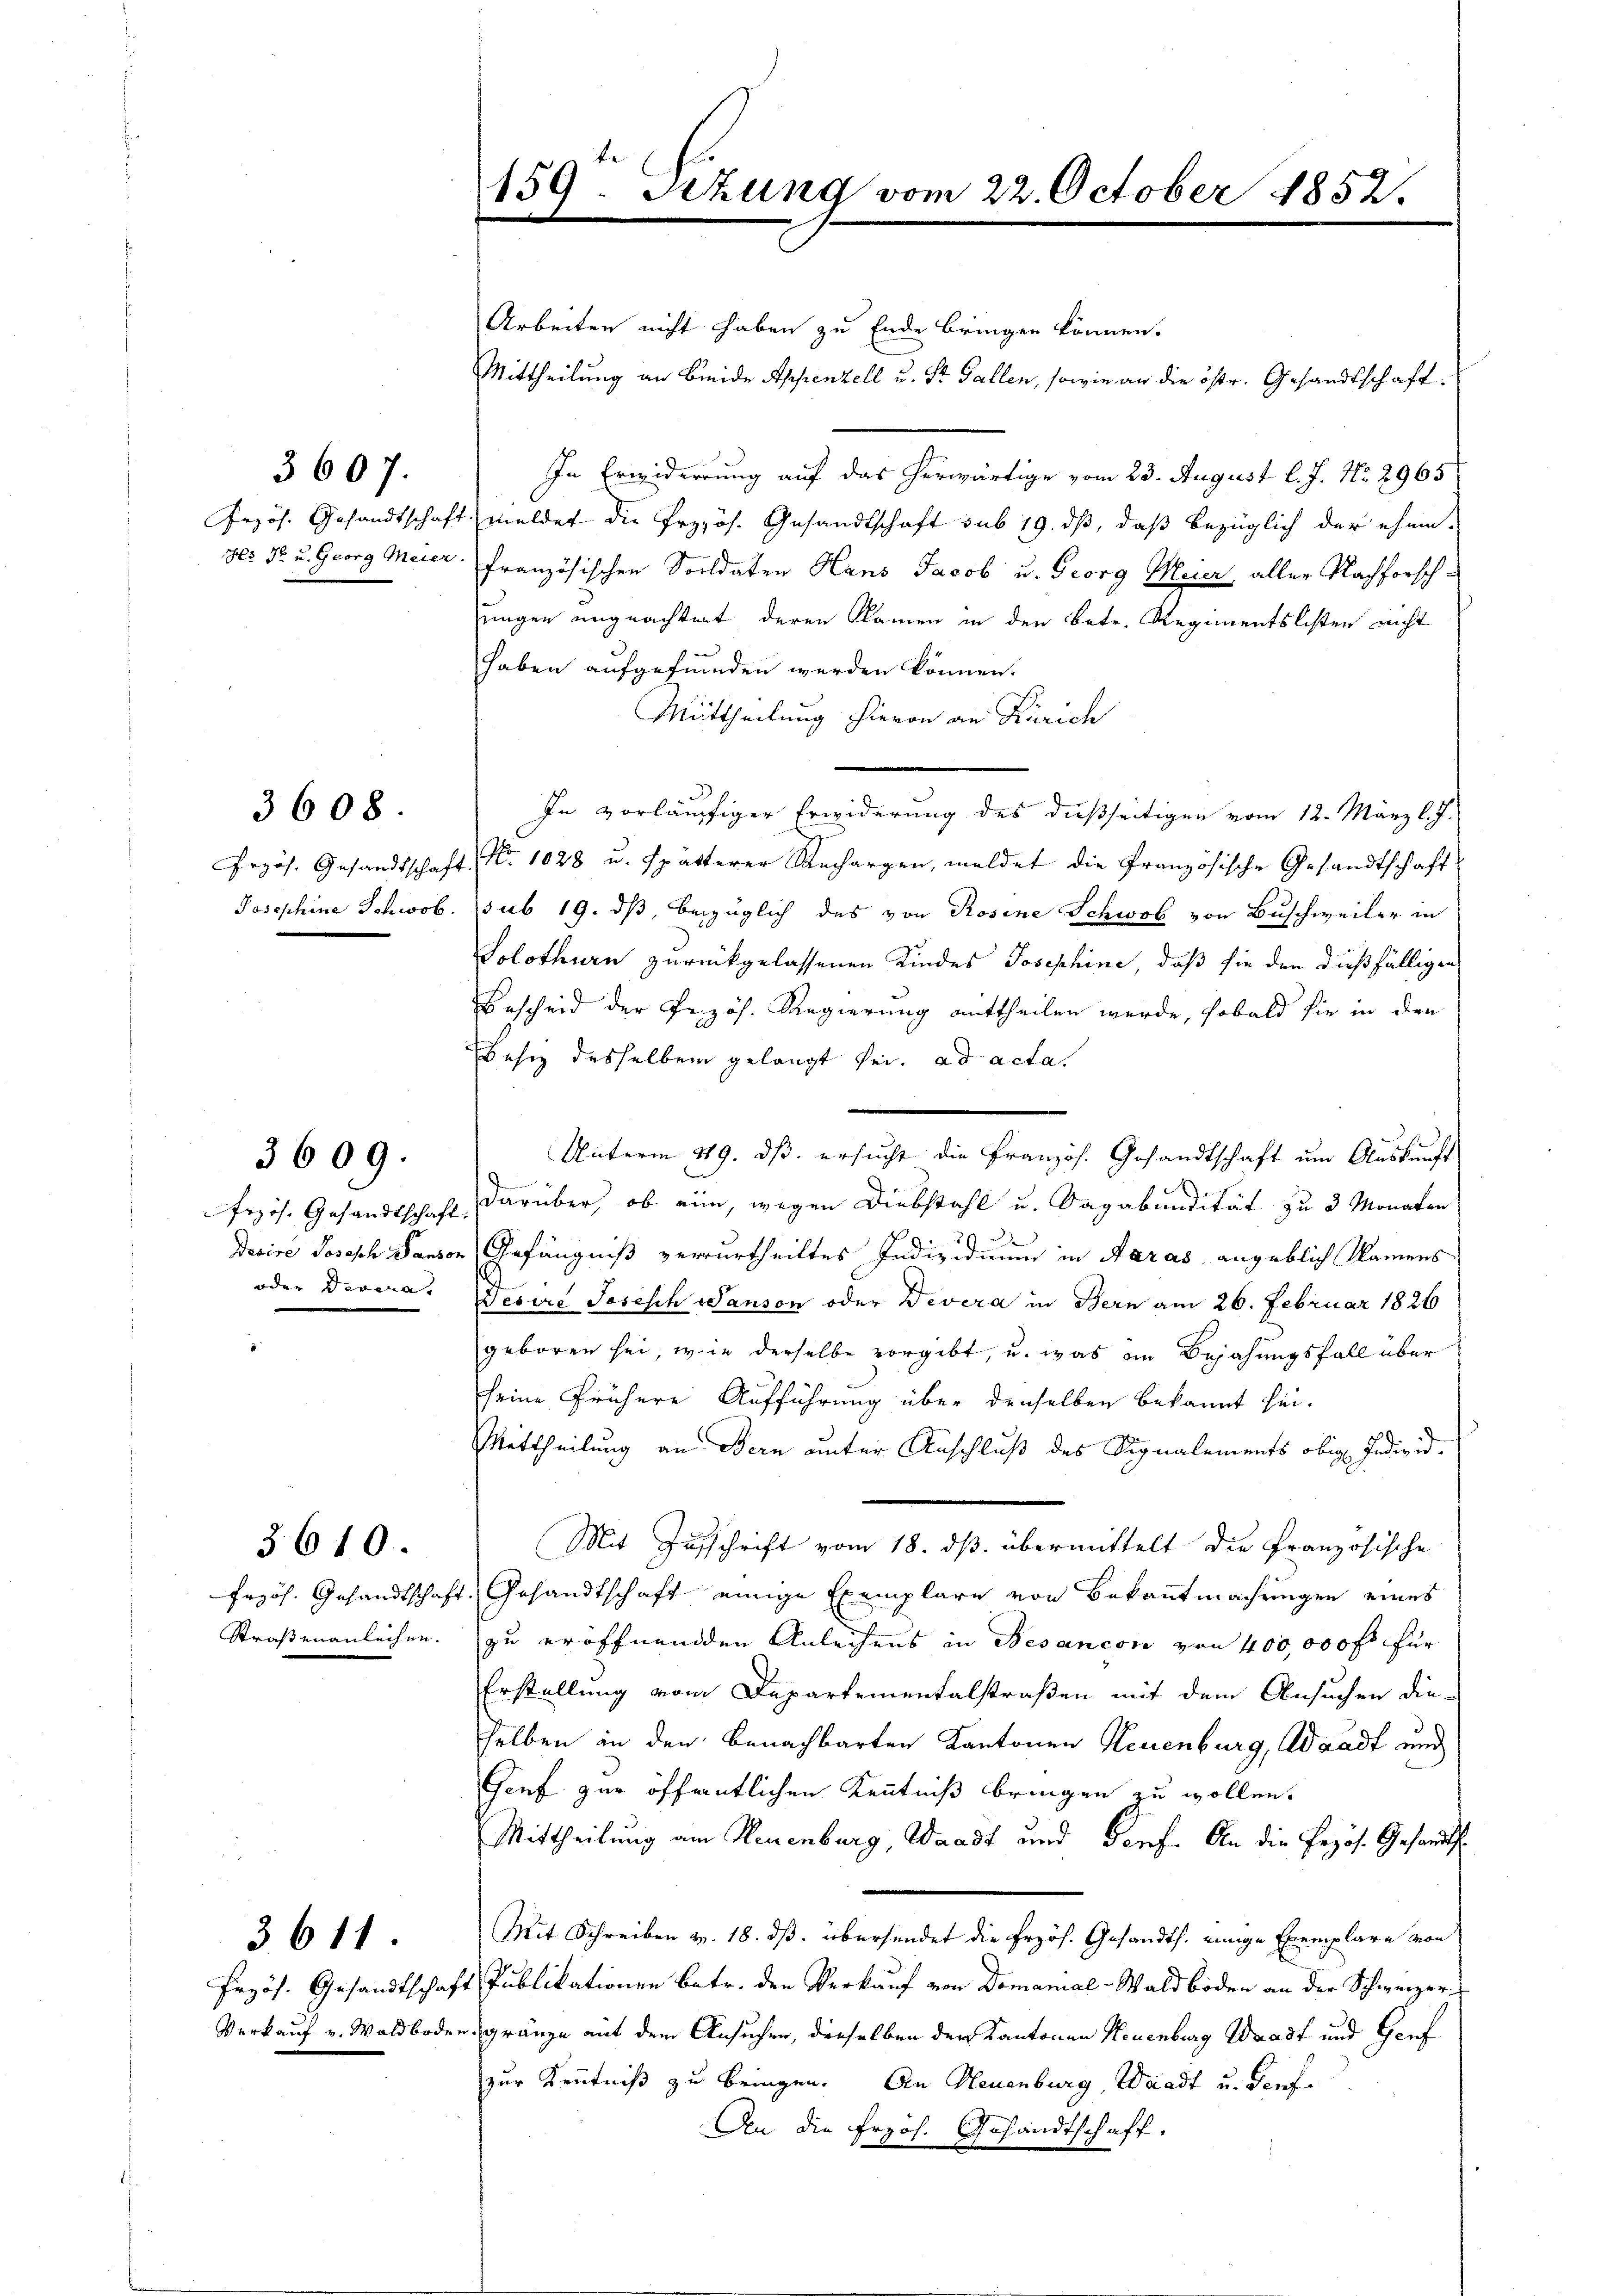
Grzös. Gesandtschaf
No 3 u. Georg Meier

3607.

3608.

Przös. Gesandtschaf
Josephine Schwob.

3609.

Decire Josasch Panson
oder Progra

Erzöh. Gesandtschaft
Straßenanleihen.

3610.

Verkauf v. Waldbode

3611

Arbeiten nicht haben zu Ende bringen können.

159. Setzung vom 22. October 1852.

Mittheilung an Breide Appenzell u. St. Gallen, sowie an die östr. Gesandtschaft¬
In Erwiderrung auf das herwärtige vom 23. August l. J. No. 2965
t. meldet die Przzös. Gesandtschaft sub 19. dß, daß bezüglich der ehem.
französischen Soldaten Hans Jacob u. Georg Meier, aller Nachforschungen ungeachtet deren Namen in den Betr. Regimentslisten nicht
haben aufgefunden werden können.
Mittheilung hievon an Zürich
3
In vorläufiger Erwiderung des dießseitigen vom 12. März l. J.
1. No. 1028 u. spätterer Rechargen, meldet die Französische Gesandtschaft
sub 19. ds, bezüglich des von Rosine Schwab von Buschweiler in
Solothurn zurückgelassenen Kindes Josephine, daß sie den dießfälligen
Bescheid der Pezös. Regierung mittheilen werde, sobald sie in den
Besiz desselben gelangt sei. ad acta
A
frzös. Gesandtschaft, darüber, ob eine, wegen Diebstahl u. Sagabundität zu 3 Monaten
Gefängniß verurtheiltes Individuum in Paras angeblich kamens
Desers Josisch Wanson oder Devera in Bern am 26. Februar 1826
geboren sei, wie derselbe vorgibt, u. was in Bejahungsfall über
seine frühere Aufführung über denselben bekannt sei¬
Mittheilung an Bern unter Anschluß des Signalements obig Individ.
Mit Zuschrift vom 18. ds. übermittelt die Französische
4. Gesandtschaft einige Exemplare von Bekanntmachungen eines
zu eröffnenden Anleihens in Besancon von 400,000 fr für
Erstellung vom Departementalstraßen mit dem Ansuchen die-
selben an den benachbarten Kantonen Neuenburg, Waadt und
Genf zur öffentlichen Kenntniß bringen zu wollen.
Mittheilung am Neuenburg, Waadt und Genf. An die Pezös. Gesandt¬
Mit Schreiben v. 18. ds. übersendet die Erzöh. Gesandts. einige Exemplare von
Przös. Gesandtschaft Publikationen betr. den Verkauf von Domanial-Waldboden an der Schweizer-
engränze mit dem Ansuchen, dieselben der Kantonen Neuenburg Waadt und Genf
zur Kenntniß zu bringen. An Neuenburg, Waadt u. Dorfe
An die frzös. Gesandtschaft.

Unterm 119. ds. ersucht die Französ. Gesandtschaft um Auskunft